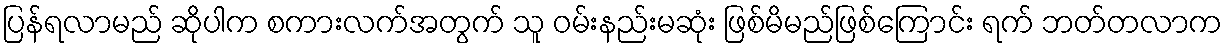
ပြန်ရလာမည် ဆိုပါက စကားလက်အတွက် သူ ဝမ်းနည်းမဆုံး ဖြစ်မိမည်ဖြစ်ကြောင်း ရက် ဘတ်တလာက